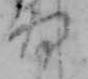
将